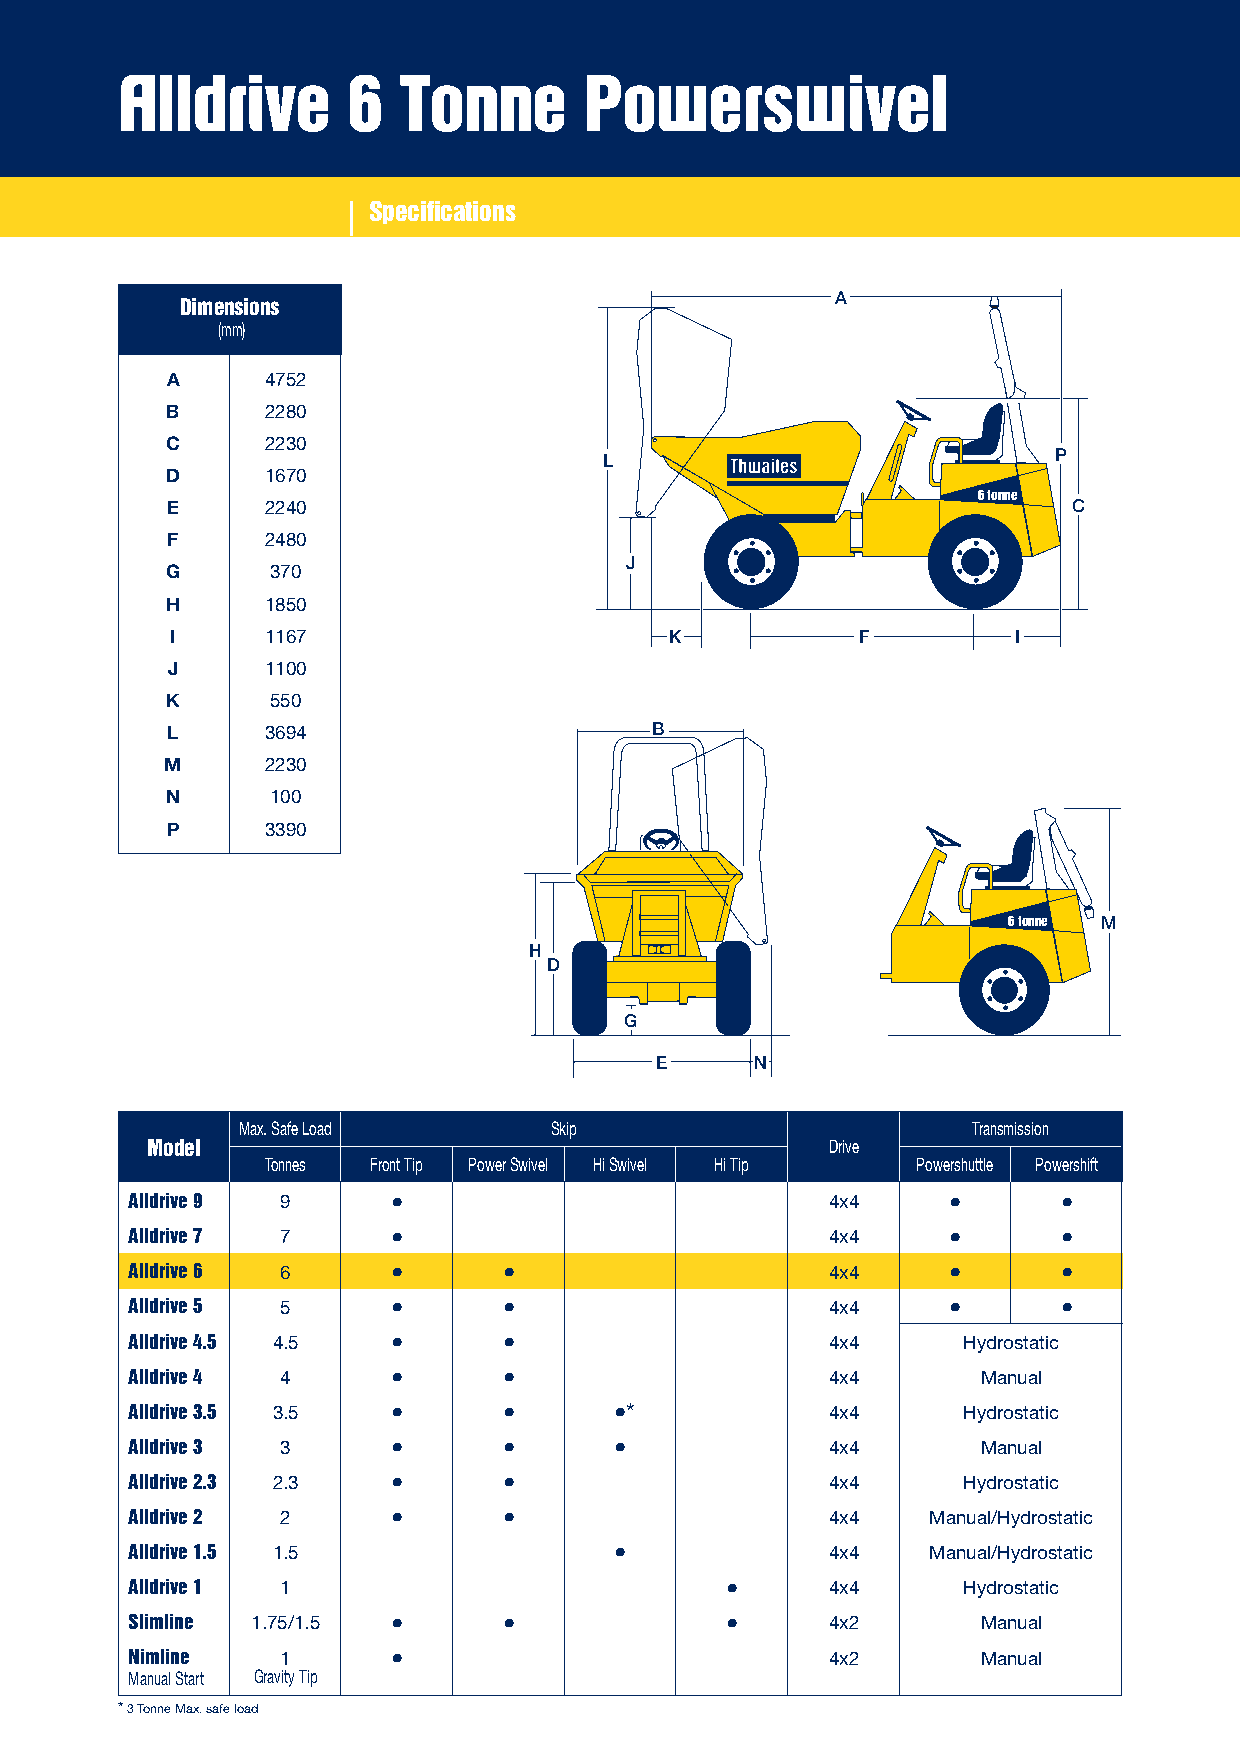
Alldrive       6  Tonne        Powerswivel
 Specifications
 A
 Dimensions
 (mm)
 A      4752
 B      2280
 C      2230
 L                             P
 D      1670
 6 tonne
 E      2240                                                 C
 F      2480
 J
 G      370
 H      1850
 I      1167                      K            F         I
 J      1100
 K      550
 L      3694                     B
 M      2230
 N      100
 P      3390
 6 tonne M
 H
 D
 G
 E      N
 Max. Safe Load      Skip                        Transmission
 Model                                        Drive
 Tonnes Front Tip Power Swivel Hi Swivel Hi Tip Powershuttle Powershift
 Alldrive 9 9     •                            4x4     •      •
 Alldrive 7 7     •                            4x4     •      •
 Alldrive 6 6     •      •                     4x4     •      •
 Alldrive 5 5     •      •                     4x4     •      •
 Alldrive 4.5 4.5 •      •                     4x4      Hydrostatic
 Alldrive 4 4     •      •                     4x4       Manual
 Alldrive 3.5 3.5 •      •       •*            4x4      Hydrostatic
 Alldrive 3 3     •      •       •             4x4       Manual
 Alldrive 2.3 2.3 •      •                     4x4      Hydrostatic
 Alldrive 2 2     •      •                     4x4    Manual/Hydrostatic
 Alldrive 1.5 1.5                •             4x4    Manual/Hydrostatic
 Alldrive 1 1                           •      4x4      Hydrostatic
 Slimline 1.75/1.5 •     •              •      4x2       Manual
 Nimline   1      •                            4x2       Manual
 Manual Start Gravity Tip
 *3 Tonne Max. safe load